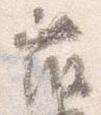
藤